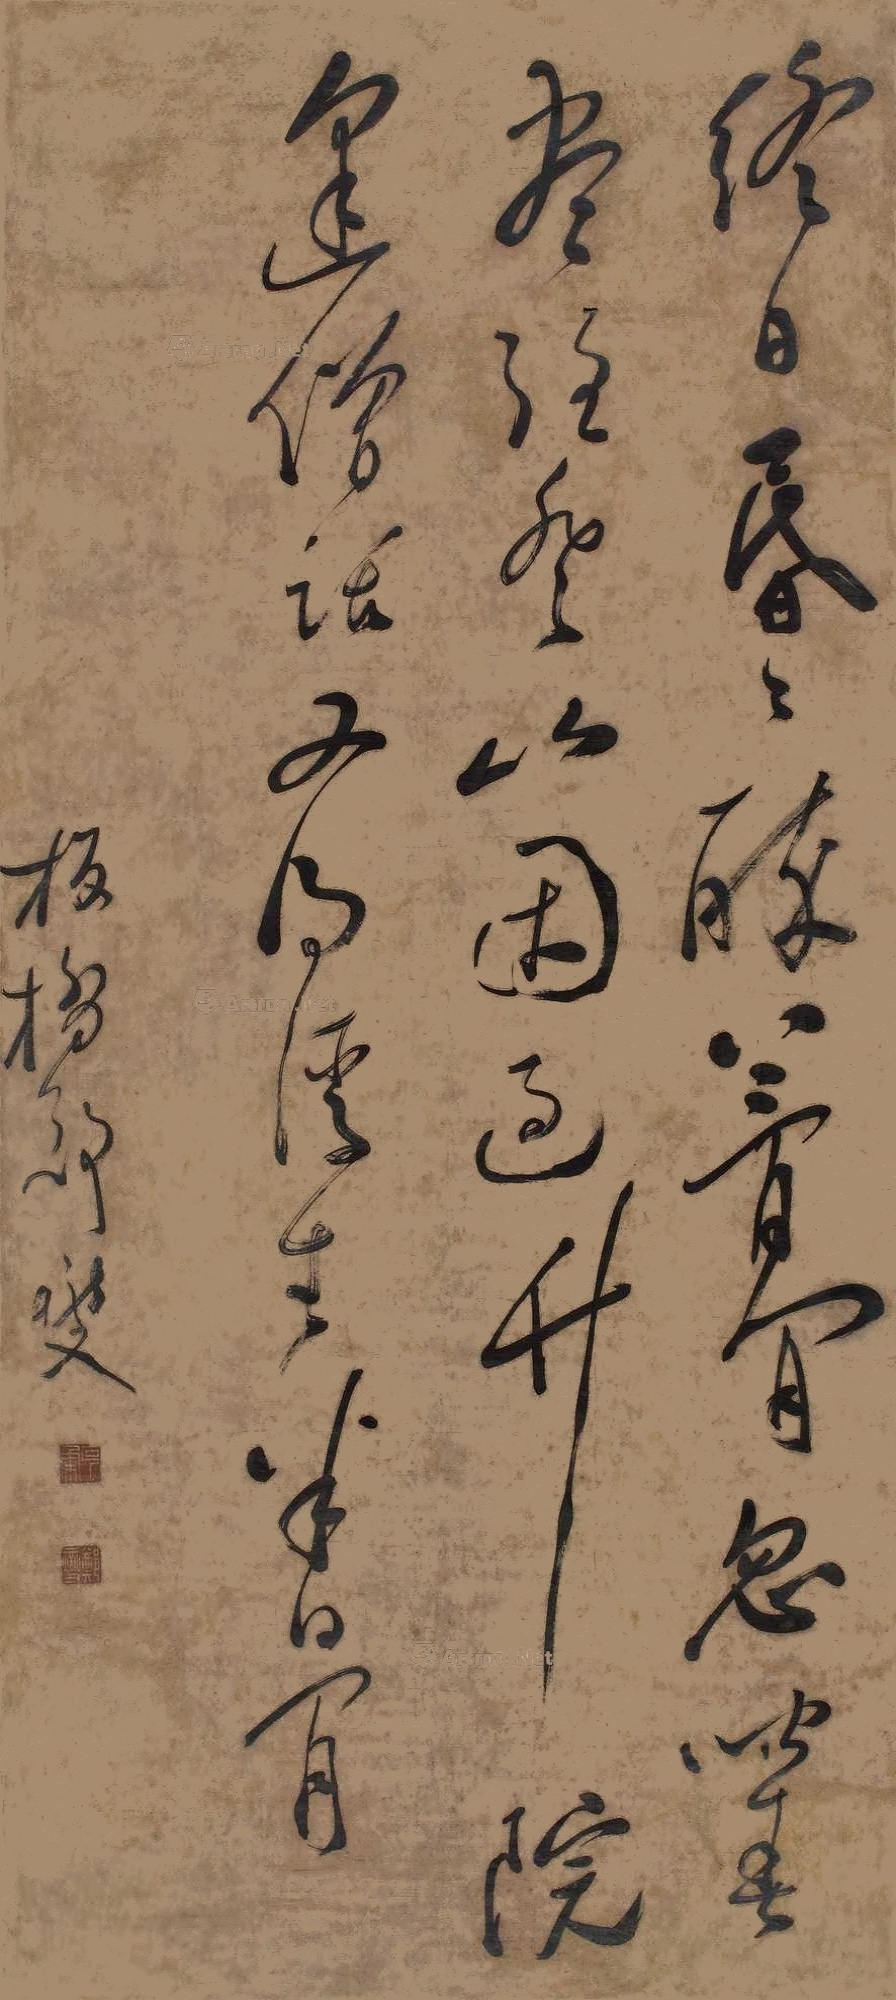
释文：终日昏昏醉简间，忽闻春尽强登山。因过竹院逢僧话，又得浮生半日闲。板桥郑燮。